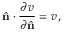
\hat { \bf n } \cdot \frac { \partial v } { \partial \hat { \bf n } } = v \, ,